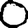
Digit: 0